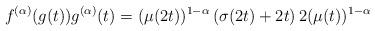
LaTeX: \begin{align*}f^{(\alpha)}(g(t)) g^{(\alpha)}(t)= (\mu(2t))^{1-\alpha} \left(\sigma(2t) + 2t\right) 2 (\mu(t))^{1-\alpha}\end{align*}